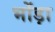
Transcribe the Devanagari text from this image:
भोंड़ा